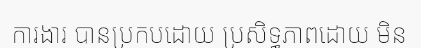
ការងារ បានប្រកបដោយ ប្រសិទ្ធភាពដោយ មិន